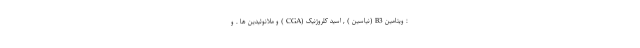
: ویتامین B3 (نیاسین ) , اسید کلروژنیک (CGA ) و ملانوئیدین ها . و